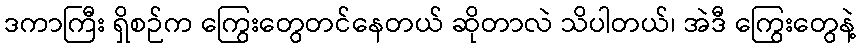
ဒကာကြီး ရှိစဉ်က ကြွေးတွေတင်နေတယ် ဆိုတာလဲ သိပါတယ်၊ အဲဒီ ကြွေးတွေနဲ့